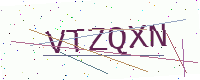
Text: VTZQXN